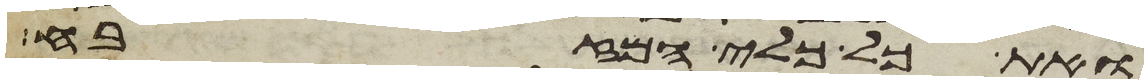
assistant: ואת כל כלי המזבח